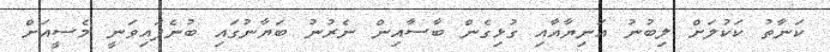
ކަނާތު ކަކުލަށް ލިބުނު އަނިޔާއާއި ގުޅިގެން ބާސާއިން ނެރުނު ބަޔާނުގައި ބުނެފައިވަނީ މެސީއަށް